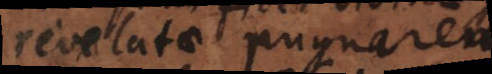
revelatae pugnare